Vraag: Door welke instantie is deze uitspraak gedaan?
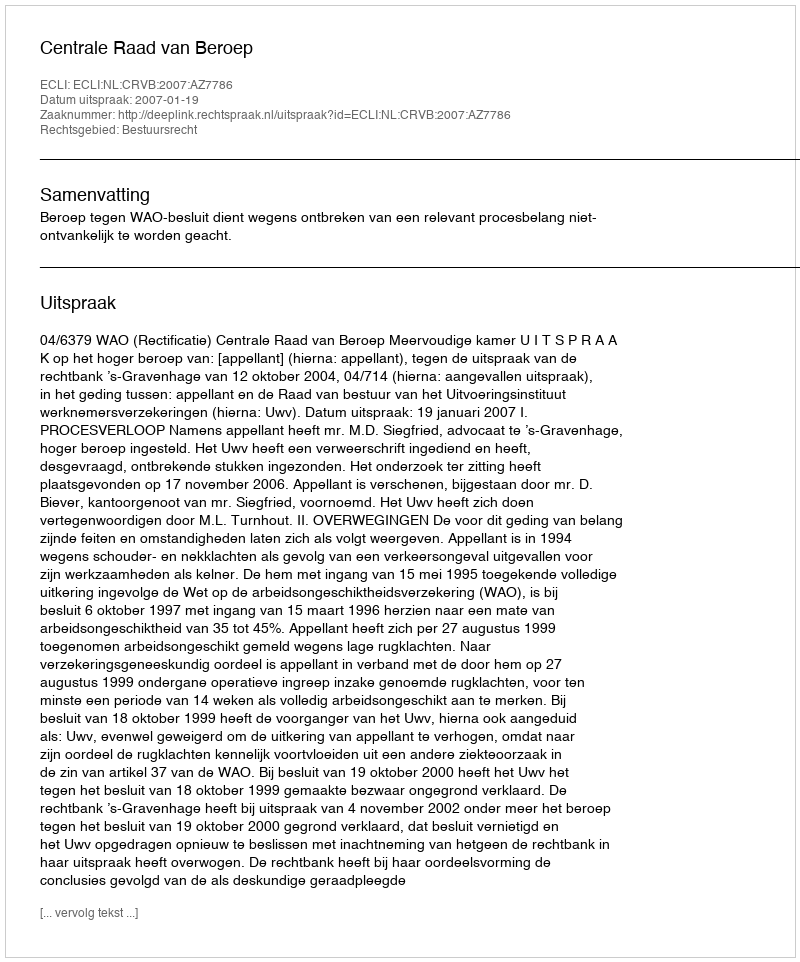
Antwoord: Centrale Raad van Beroep